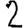
Digit: 2